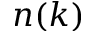
n ( k )